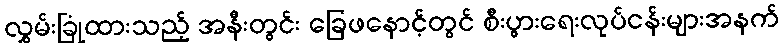
လွှမ်းခြုံထားသည့် အနီးတွင်း ခြေဖနောင့်တွင် စီးပွားရေးလုပ်ငန်းများအနက်